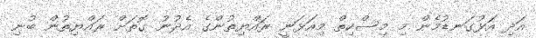
އަދި އަޅުގަނޑުމެން މި މިސްކިތް މިއަޅަނީ ރައްޔިތުންގެ އެދުނު ގޮތަށް ރައްޔިތުން ބުނި